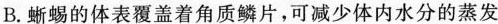
B.蜥蜴的体表覆盖着角质鳞片，可减少体内水分的蒸发